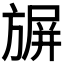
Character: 𭥀